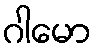
ဂါမော